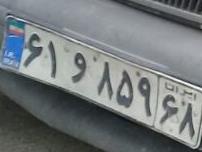
۶۱و۸۵۹۶۸